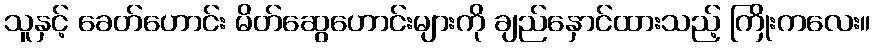
သူနှင့် ခေတ်ဟောင်း မိတ်ဆွေဟောင်းများကို ချည်နှောင်ထားသည့် ကြိုးကလေး။